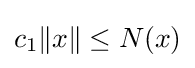
c_{1}\|x\|\leq N(x)